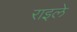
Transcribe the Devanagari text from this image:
राइले